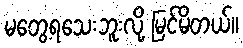
မတွေ့ရသေးဘူးလို့ မြင်မိတယ်။